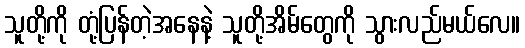
သူတို့ကို တုံ့ပြန်တဲ့အနေနဲ့ သူတို့အိမ်တွေကို သွားလည်မယ်လေ။